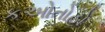
કઓતોહો